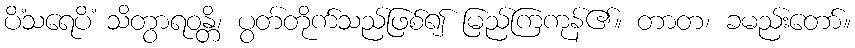
ပိံသရေပိံ သိတွာရဝန္တိ၊ ပွတ်တိုက်သည်ဖြစ်၍ မြည်ကြကုန်၏။ တာတ၊ ခမည်းတော်။